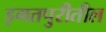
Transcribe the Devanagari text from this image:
इगतपुरीतील